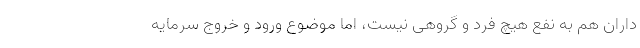
‌داران هم به نفع هیچ فرد و گروهی نیست، اما موضوع ورود و خروج سرمایه